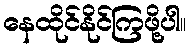
နေထိုင်နိုင်ကြဖို့ပါ။